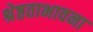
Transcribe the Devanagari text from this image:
श्रेष्ठताभावना